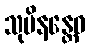
သုပိနန္တေဝ